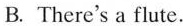
A. It's a flute.